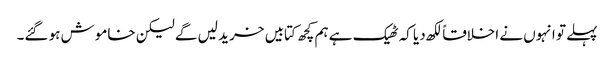
پہلے تو انہوں نے اخلاقاً لکھ دیا کہ ٹھیک ہے ہم کچھ کتابیں خرید لیں گے لیکن خاموش ہو گئے۔